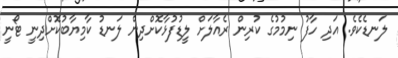
ލަނޑެކެވެ. އަދި ހާފު ނިމުމުގެ ކުރިން ރެއާލަށް ލީޑުފުޅާކޮށްދިން ލަނޑު ކާމިޔާބުކޮށްދިނީ ޓޯނީ